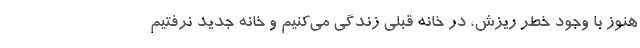
هنوز با وجود خطر ریزش، در خانه قبلی زندگی می‌کنیم و خانه جدید نرفتیم